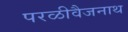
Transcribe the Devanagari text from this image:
परळीवैजनाथ